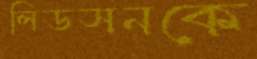
লিডসনকে